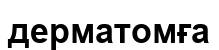
дерматомға